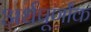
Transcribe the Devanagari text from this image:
अर्धपूर्णांक